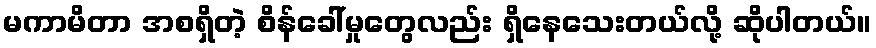
မကာမိတာ အစရှိတဲ့ စိန်ခေါ်မှုတွေလည်း ရှိနေသေးတယ်လို့ ဆိုပါတယ်။